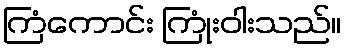
ကြံကောင်း ကြုံးဝါးသည်။